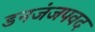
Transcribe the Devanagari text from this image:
डनजंजपवद